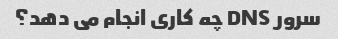
سرور DNS چه کاری انجام می دهد؟